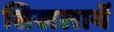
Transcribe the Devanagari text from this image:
सिखलायें